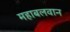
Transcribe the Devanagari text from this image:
महाबलवान